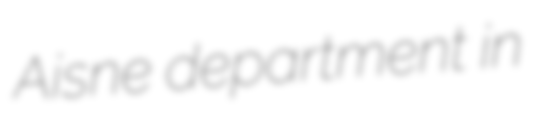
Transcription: Aisne department in